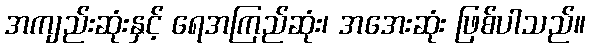
အကျည်းဆုံးနှင့် ရေအကြည်ဆုံး၊ အအေးဆုံး ဖြစ်ပါသည်။